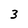
Character: 3